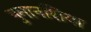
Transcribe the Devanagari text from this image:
नुमानशिया